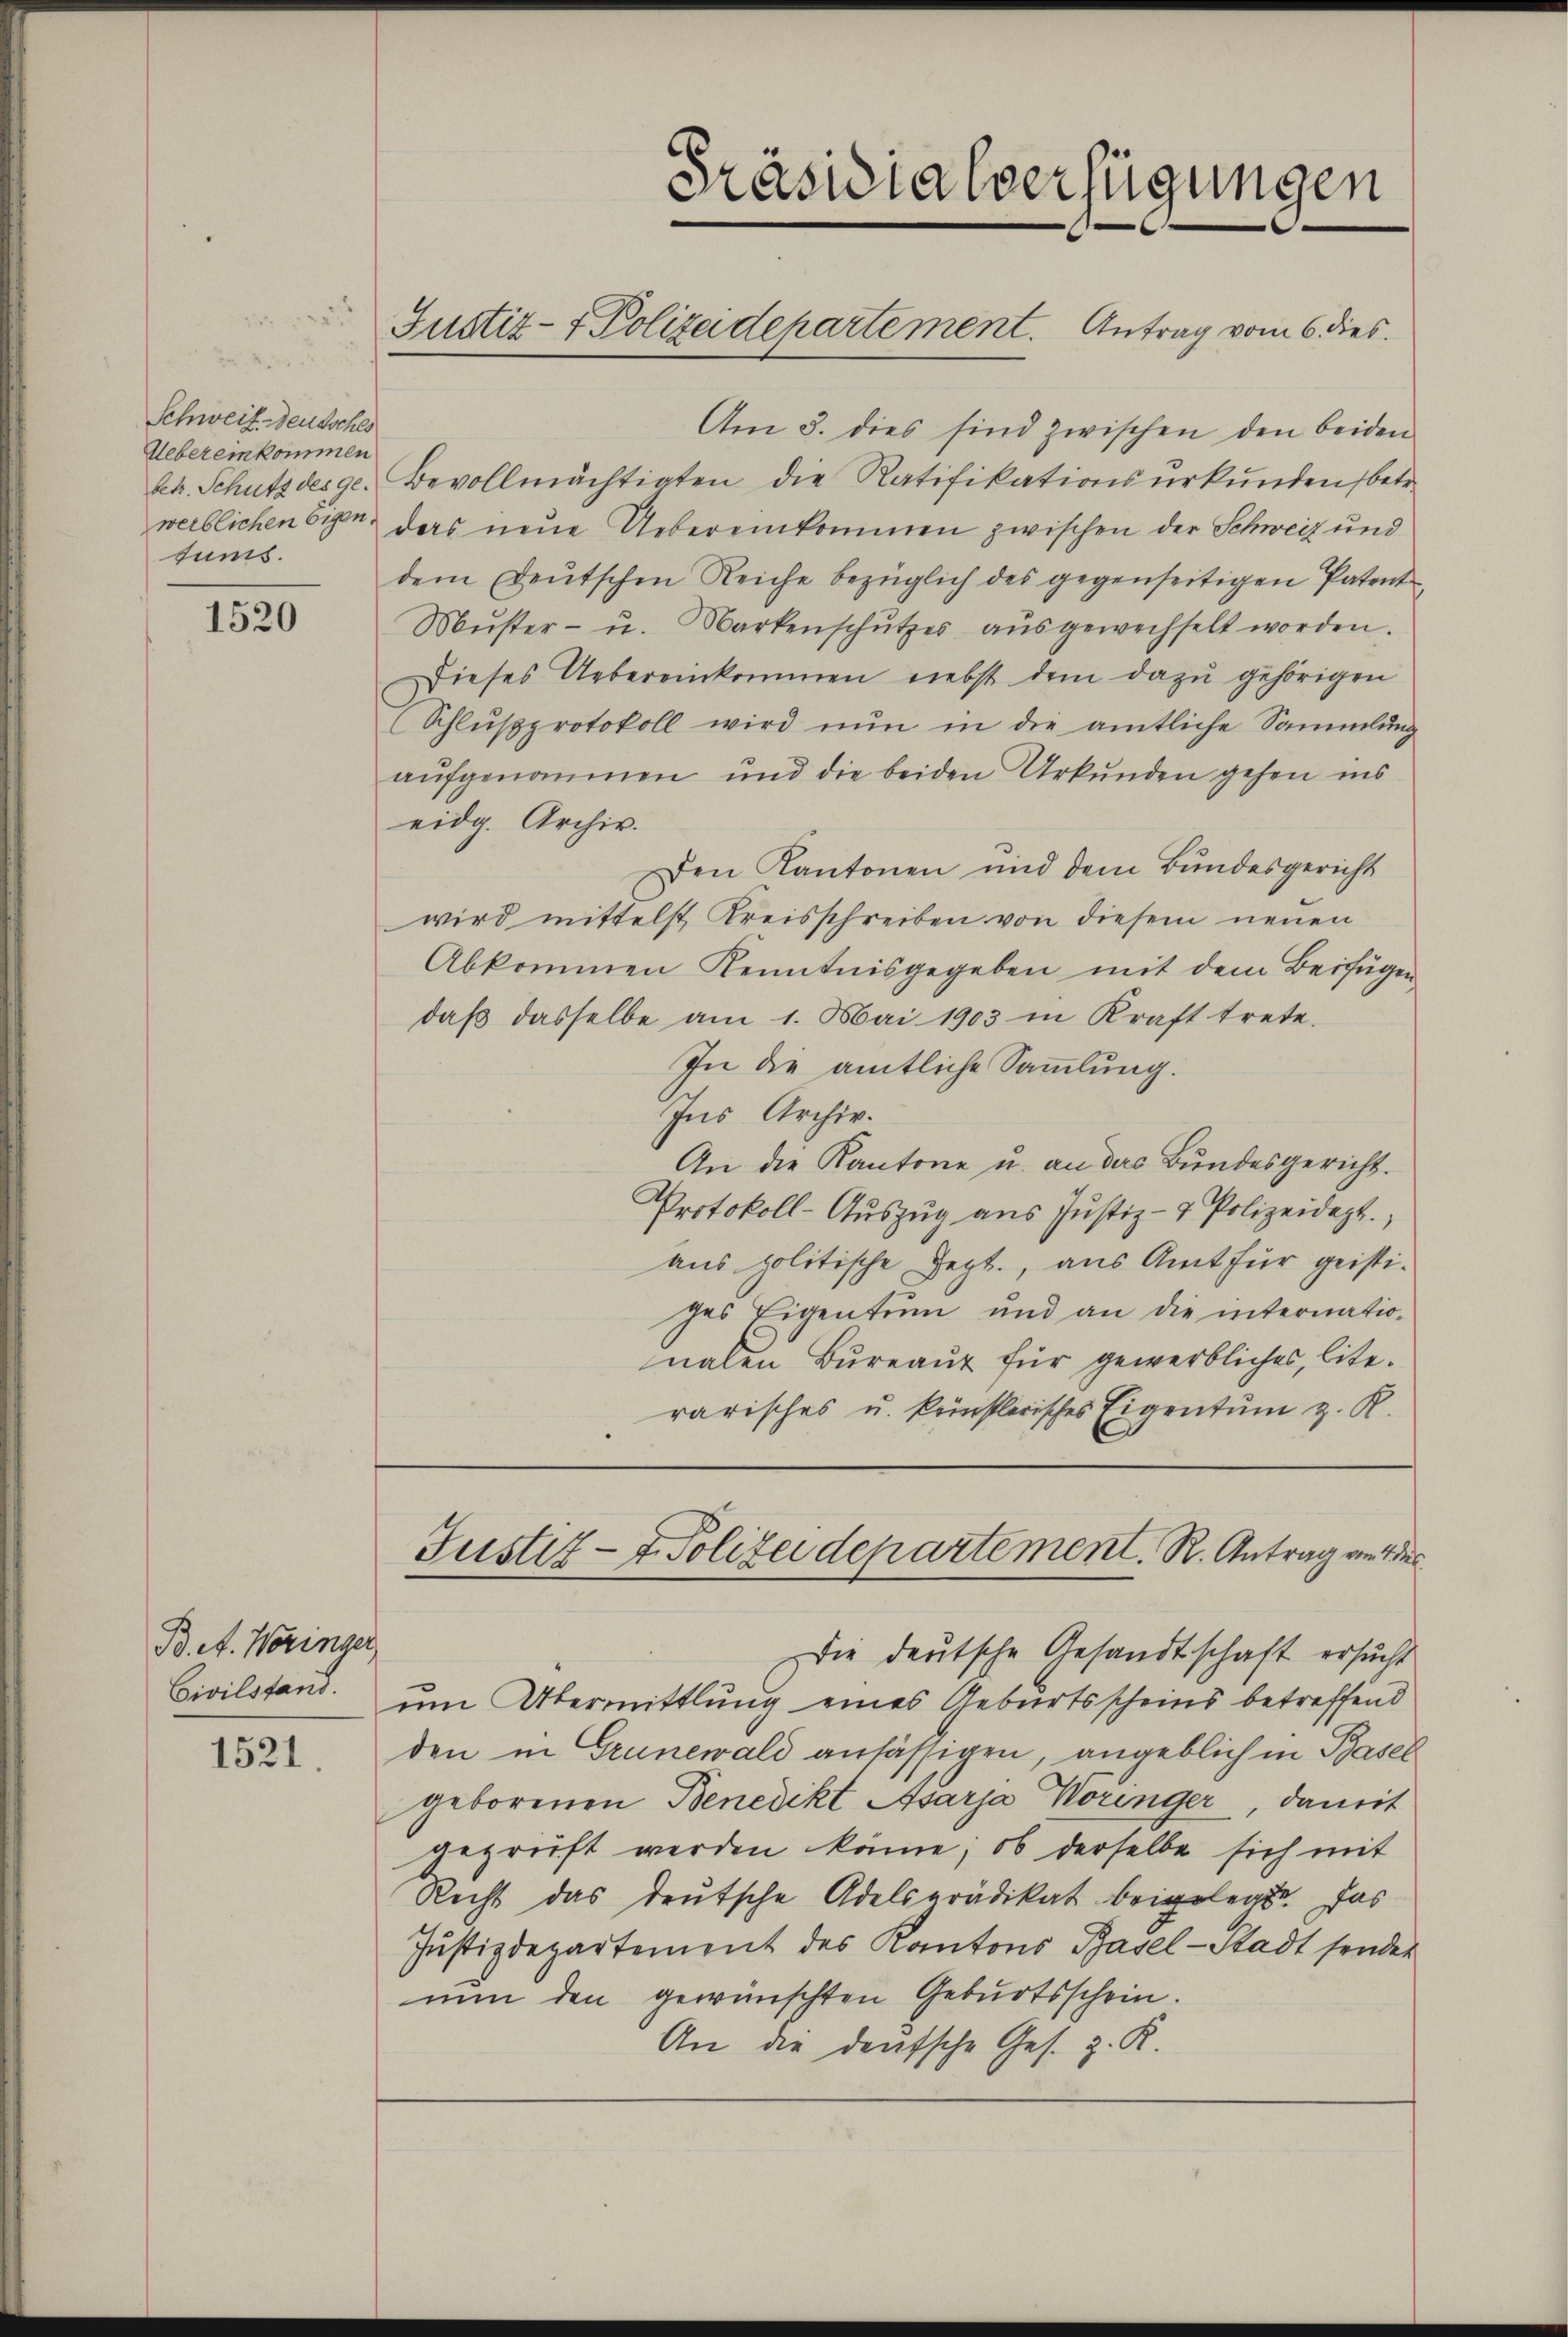
Schweit Deutsches
Uebereinkommen
werblichen Eigen.
tums.

1520

Bd. A. Weringer
Civilstand.

1521.

Am 3. dies sind zwischen den beiden
bet. Schutz des ge. Bevollmächtigten die Ratifikationsurkunden betr.
das neue Uebereinkommen zwischen der Schweiz und
dem deŭtschen Reiche bezüglich des gegenseitigen Patent
Mŭster- u. Markenschŭtzes aŭsgewechselt worden.
Dieses Uebereinkommen nebst dem dazu gehörigen
(Schlŭβprotokoll wird nŭn in die amtliche Sammlung
aufgenommen und die beiden Urkunden gehen ins
eidg. Archiv.
Den Kantonen und dem Bundesgericht
wird mittelst Kreisschreiben von diesem neuen
Abkommen Kenntnisgegeben mit dem Beifügen
daβ dasselbe am 1. Mai 1903 in Kraft trete.
In die amtliche Sammlung.
Ins Archiv.
An die Kantone u. an das Bundesgericht.
Protokoll-Auszug aus Justiz- & Polizeidezt.
aus politische Sept., aus Amt für geistiges Eigentum und an die internationalen Bureau für gewerbliches, literarisches u. künstlerisches Eigentum z. R.

Präsidialverfügungen

Justiz- & Polizeidepartement. Antrag vom 6. dies

Justiz- & Polizeidepartement. R. Antrag an der

Die deutsche Gesandtschaft ersucht
um Übermittlung eines Geburtsscheins betreffend
den in Grunewald ansässigen, angeblich in Basel
geborenen Benedikt Asarja Voringer, damit
geprüft werden könne; ob derselbe sich mit
Recht das deutsche Adelsprädikat beigelegte. Das
Justizdepartement des Kantons Basel-Stadt sonder
nun den gewünschten Geburtsschein.
An die deutsche Ges. z. R.